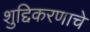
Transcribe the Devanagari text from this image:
शुद्दिकरणाचे